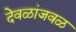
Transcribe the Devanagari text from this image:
देवळांजवळ